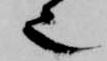
也